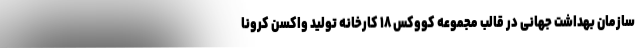
سازمان بهداشت جهانی در قالب مجموعه کووکس ۱۸ کارخانه تولید واکسن کرونا